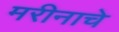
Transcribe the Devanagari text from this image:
मरीनाचे